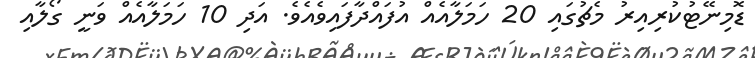
ޑޮމިނޭޓުކުރިއިރު މެޗުގައި 20 ހަމަލާއެއް އުފައްދާފައިވެއެވެ. އަދި 10 ހަމަލާއެއް ވަނީ ގޯލާއި